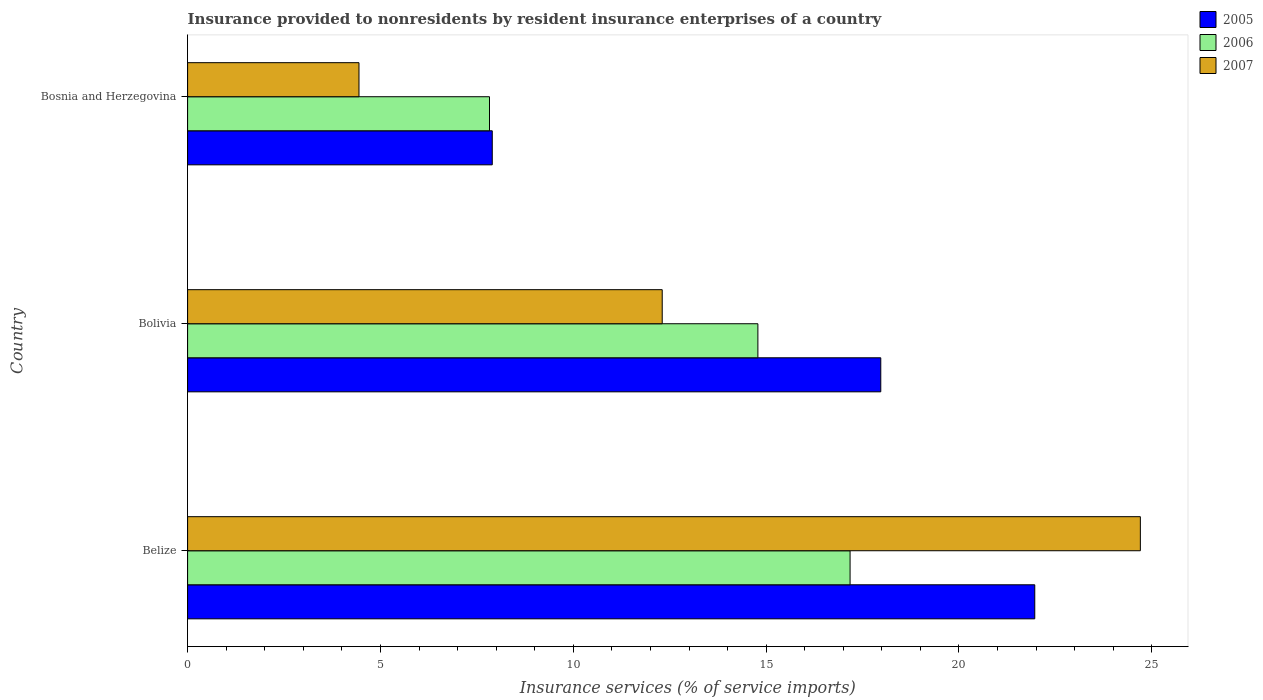
| Country | 2005 | 2006 | 2007 |
 | --- | --- | --- | --- |
 | Belize | 22 | 17.2 | 24.7 |
 | Bolivia | 18 | 14.8 | 12.3 |
 | Bosnia and Herzegovina | 7.9 | 7.83 | 4.44 |